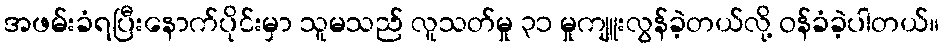
အဖမ်းခံရပြီးနောက်ပိုင်းမှာ သူမသည် လူသတ်မှု ၃၁ မှုကျူးလွန်ခဲ့တယ်လို့ ဝန်ခံခဲ့ပါတယ်။